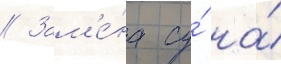
// Зам'е́на су́ на́